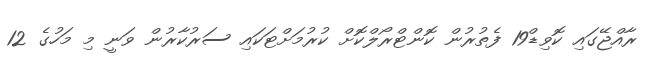
ރާއްޖޭގައި ކޮވިޑް19 ފެތުރުން ކޮންޓްރޯލްކޮށް ކުރުމަށްޓަކައި ސަރުކާރުން ވަނީ މި މަހުގެ 12